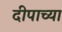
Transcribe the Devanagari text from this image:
दीपाच्या